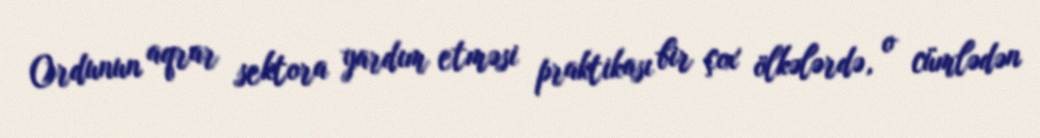
Ordunun aqrar sektora yardım etməsi praktikası bir çox ölkələrdə, o cümlədən